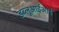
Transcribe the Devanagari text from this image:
डब्लूआईआई